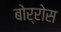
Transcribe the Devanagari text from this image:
बोर्रोस